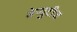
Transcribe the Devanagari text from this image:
डेप्युटीज